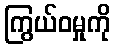
ကြွယ်ဝမှုကို